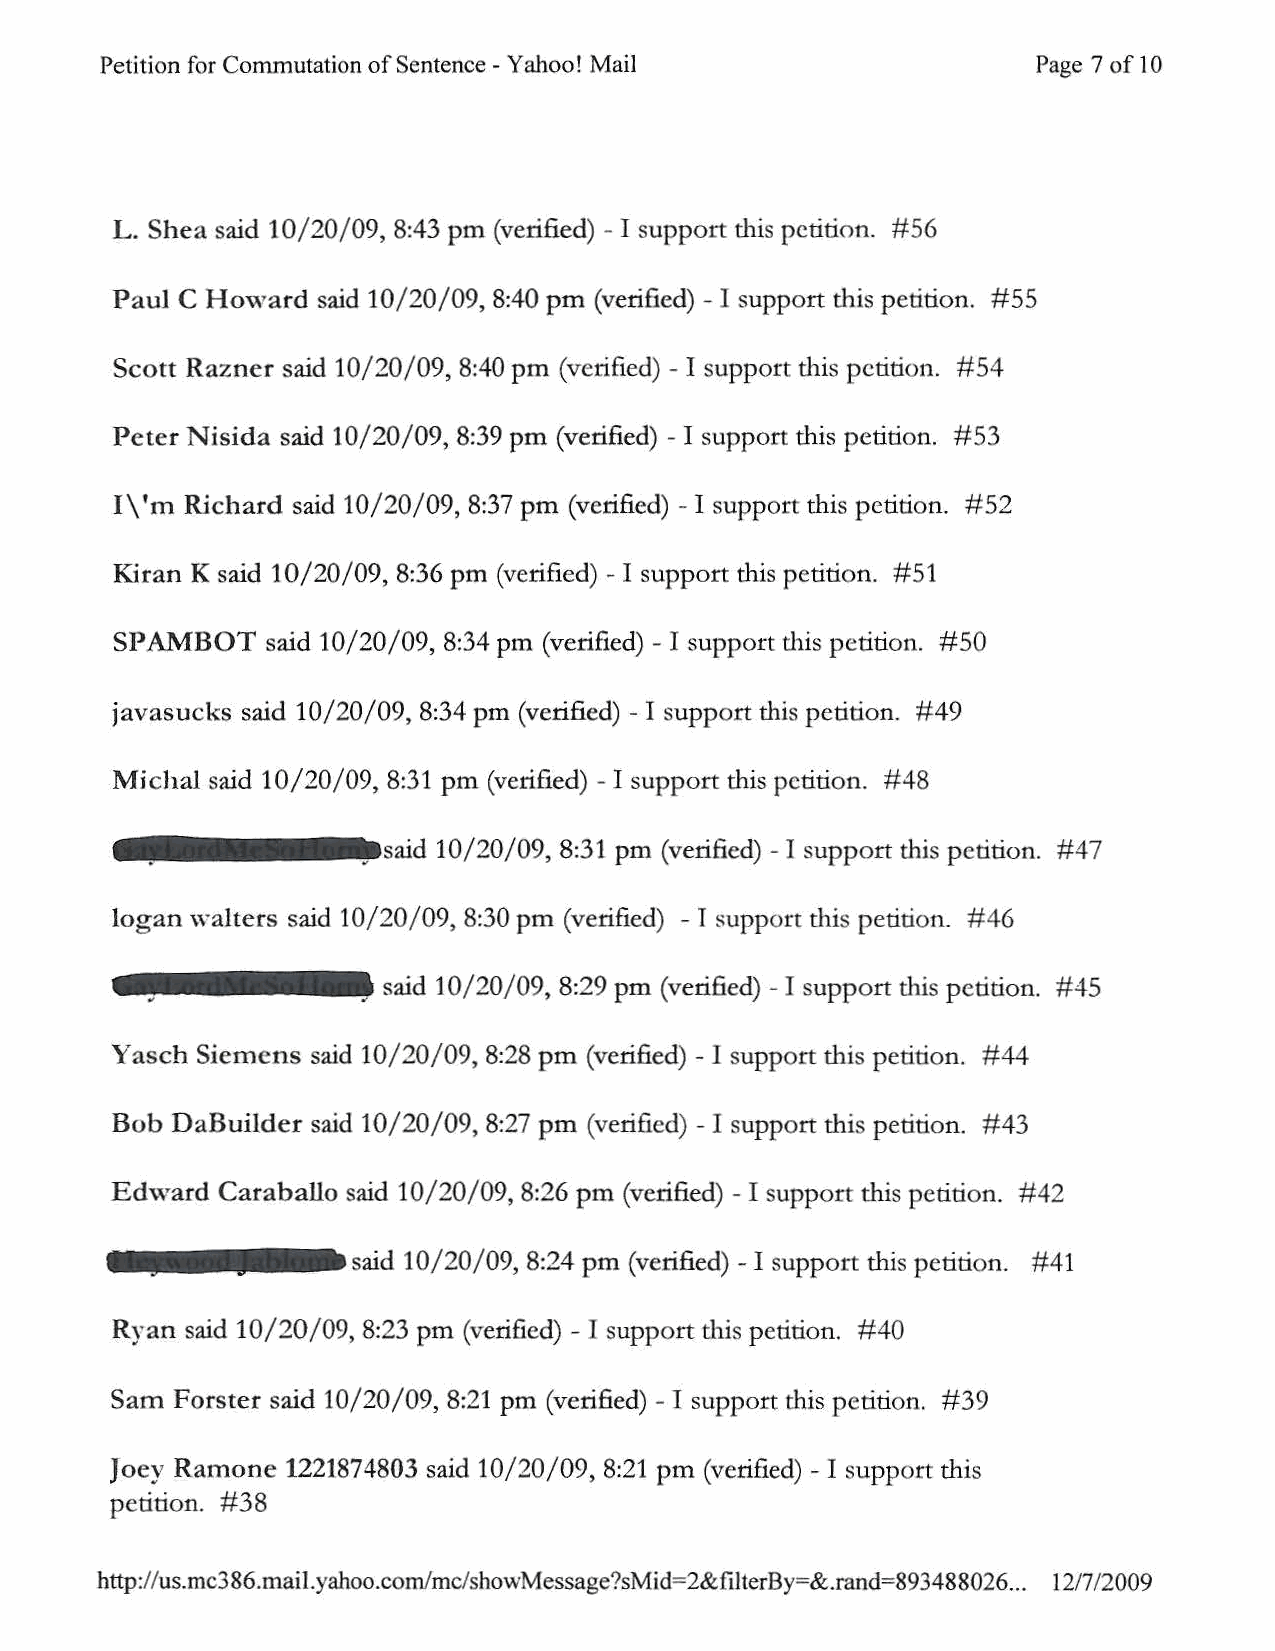
Petition for Commutation of Sentence- Yahoo! Mail             Page 7 of 10
 L. Shea said 10/20/09, 8:43pm (verified) - I support this petition. #56
 Paul C Howard said 10/20/09, 8:40pm (verified)- I support this petition. #55
 Scott Razner said 10/20/09, 8:40pm (verified) - I support this petition. #54
 Peter Nisida said 10/20/09, 8:39pm (verified) - I support this petition. #53
 1\' m Richard said 10/20/09, 8:37pm (verified) - I support this petition. #52
 Kiran K said 10/20/09, 8:36pm (verified)- I support this petition. #51
 SPAMBOT   said 10/20/09, 8:34pm (verified) - I support d1is petition. #50
 javasucks said 10/20/09, 8:34pm (verified) - I support this petition. #49
 Michal said 10/20/09, 8:31 pm (verified) - I support this petition. #48
 ••••IIJisaid    10/20/09, 8:31pm (verified) - I support this petition. #47
 logan walters said 10/20/09, 8:30pm (verified) - T support this petition. #46
 said 10/20/09, 8:29pm (verified) -I support this petition. #45
 Yasch Siemens said 10/20/09, 8:28pm (verified)- I support this petition. #44
 Bob DaBuilder said 10/20/09, 8:27pm (verified)- I support this petition. #43
 Edward Caraballo said 10/20/09, 8:26pm (verified)- I support this petition. #42
 said 10/20/09, 8:24pm (verified) -I support this petition. #41
 Ryan said 10/20/09, 8:23pm (verified)- I support this petition. #40
 Sam Forster said 10/20/09, 8:21 pm (verified)- I support this petition. #39
 Joey Ramone 1221874803 said 10/20/09, 8:21 pm (verified) -I support this
 petition. #38
 http:// us.mc3 86 .mail. yahoo.com/mc/showMessage?sMid=2&filterBy=&.rand=89348 8026... 12/7/2009